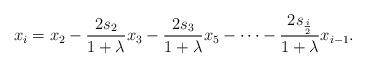
LaTeX: \begin{align*}x_i=x_2-\frac{2s_2}{1+\lambda}x_3-\frac{2s_3}{1+\lambda}x_5-\cdots -\frac{2s_{\frac{i}{2}}}{1+\lambda}x_{i-1}.\end{align*}